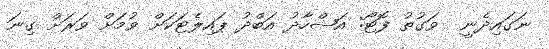
ނަގައިދެނީ  ވަގުތު ފޮޓޯ: އަޝްހާދު އަބްދު ޕައިލެޓަކަށް ވުމަށް ވަރަށް ގިނަ